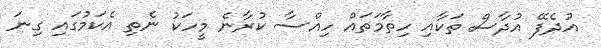
އުދެފޭ އުދާސް ތަކާއި ހިތާމަތައް ހިއްސާ ކުރާނެ މީހަކު ނެތި އެކަމުގައި ގިނަ